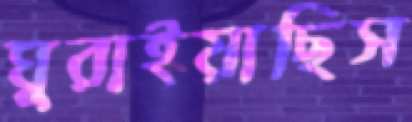
ঘুরাইয়াছিস